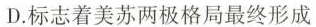
D.标志着美苏两极格局最终形成